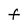
Character: f